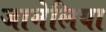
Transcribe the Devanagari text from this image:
जामेलिया